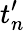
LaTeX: t_{n}^{\prime}